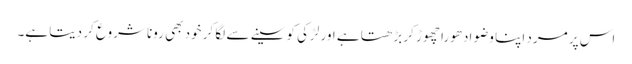
اس پر مرد اپنا وضو ادھورا چھوڑ کر بڑھتا ہے اور لڑکی کو سینے سے لگا کر خود بھی رونا شروع کر دیتا ہے۔